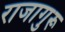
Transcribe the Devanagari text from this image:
राजागुरू